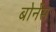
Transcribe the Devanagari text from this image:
बोर्नेस